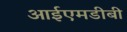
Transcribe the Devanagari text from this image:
आईएमडीबी